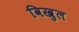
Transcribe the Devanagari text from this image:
विखुल